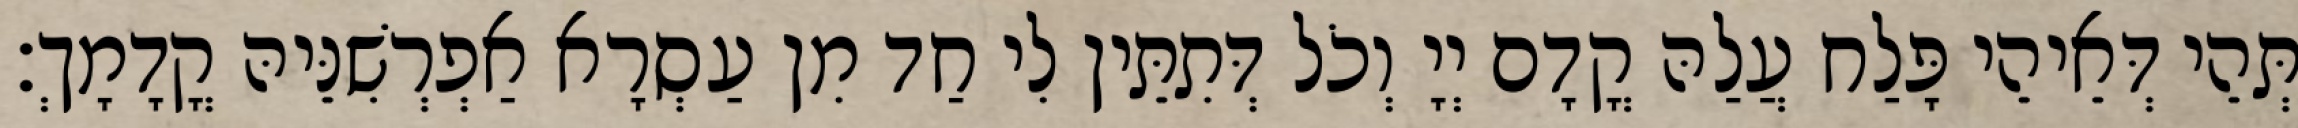
תְּהֵי דְּאֵיהֵי פָּלַח עֲלַהּ קֳדָם יְיָ וְכֹל דְּתִתֵּין לִי חַד מִן עַסְרָא אַפְרְשִׁנֵּיהּ קֳדָמָךְ׃